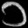
Digit: ၁